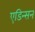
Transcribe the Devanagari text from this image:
एडिन्सन